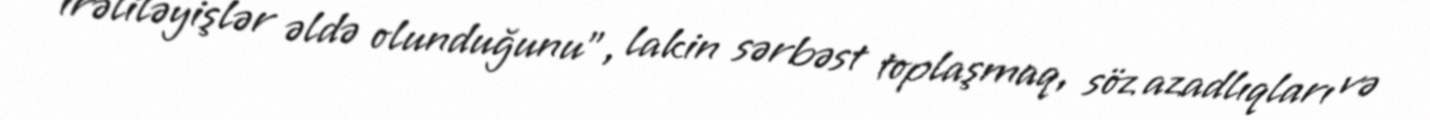
irəliləyişlər əldə olunduğunu”, lakin sərbəst toplaşmaq, söz azadlıqları və